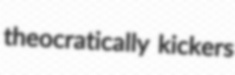
theocratically kickers